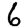
Digit: 6